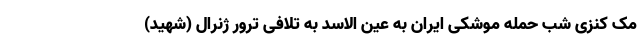
مک کنزی شب حمله موشکی ایران به عین الاسد به تلافی ترور ژنرال (شهید)